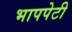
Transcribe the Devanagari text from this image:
भापपेटी